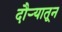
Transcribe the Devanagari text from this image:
दौऱ्यातून